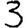
Digit: 3